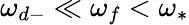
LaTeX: \omega_{d-}\ll\omega_{f}<\omega_{*}